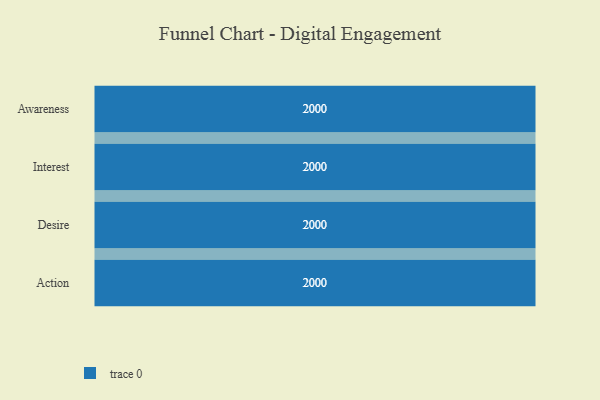
{"axis": {"x": "Stage", "y": "Value"}, "legend": [""], "data": [{"x": "Awareness", "y": 2000, "type": ""}, {"x": "Interest", "y": 2000, "type": ""}, {"x": "Desire", "y": 2000, "type": ""}, {"x": "Action", "y": 2000, "type": ""}]}